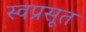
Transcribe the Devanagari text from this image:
स्वप्रसूत